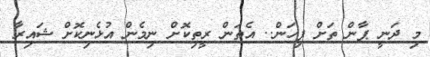
މި ދަނީ ޕާން ތަށް ފިހަން.. އެތަން ރީތިކޮށް ނިމެން އުޅެނިކޮށް ޝައިރާ